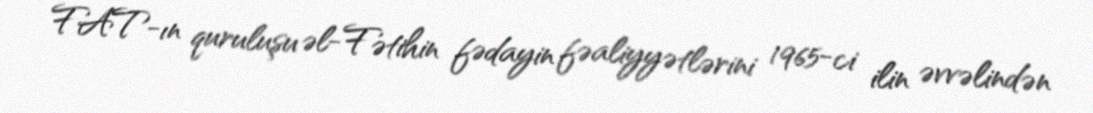
FAT-ın quruluşu əl-Fətihin fədayin fəaliyyətlərini 1965-ci ilin əvvəlindən